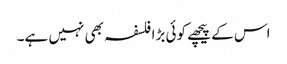
اس کے پیچھے کوئی بڑا فلسفہ بھی نہیں ہے۔